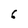
Character: 6